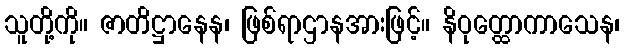
သူတို့ကို။ ဇာတိဋ္ဌာနေန၊ ဖြစ်ရာဌာနအားဖြင့်။ နိဝုတ္ထောကာသေန၊